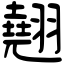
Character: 翹